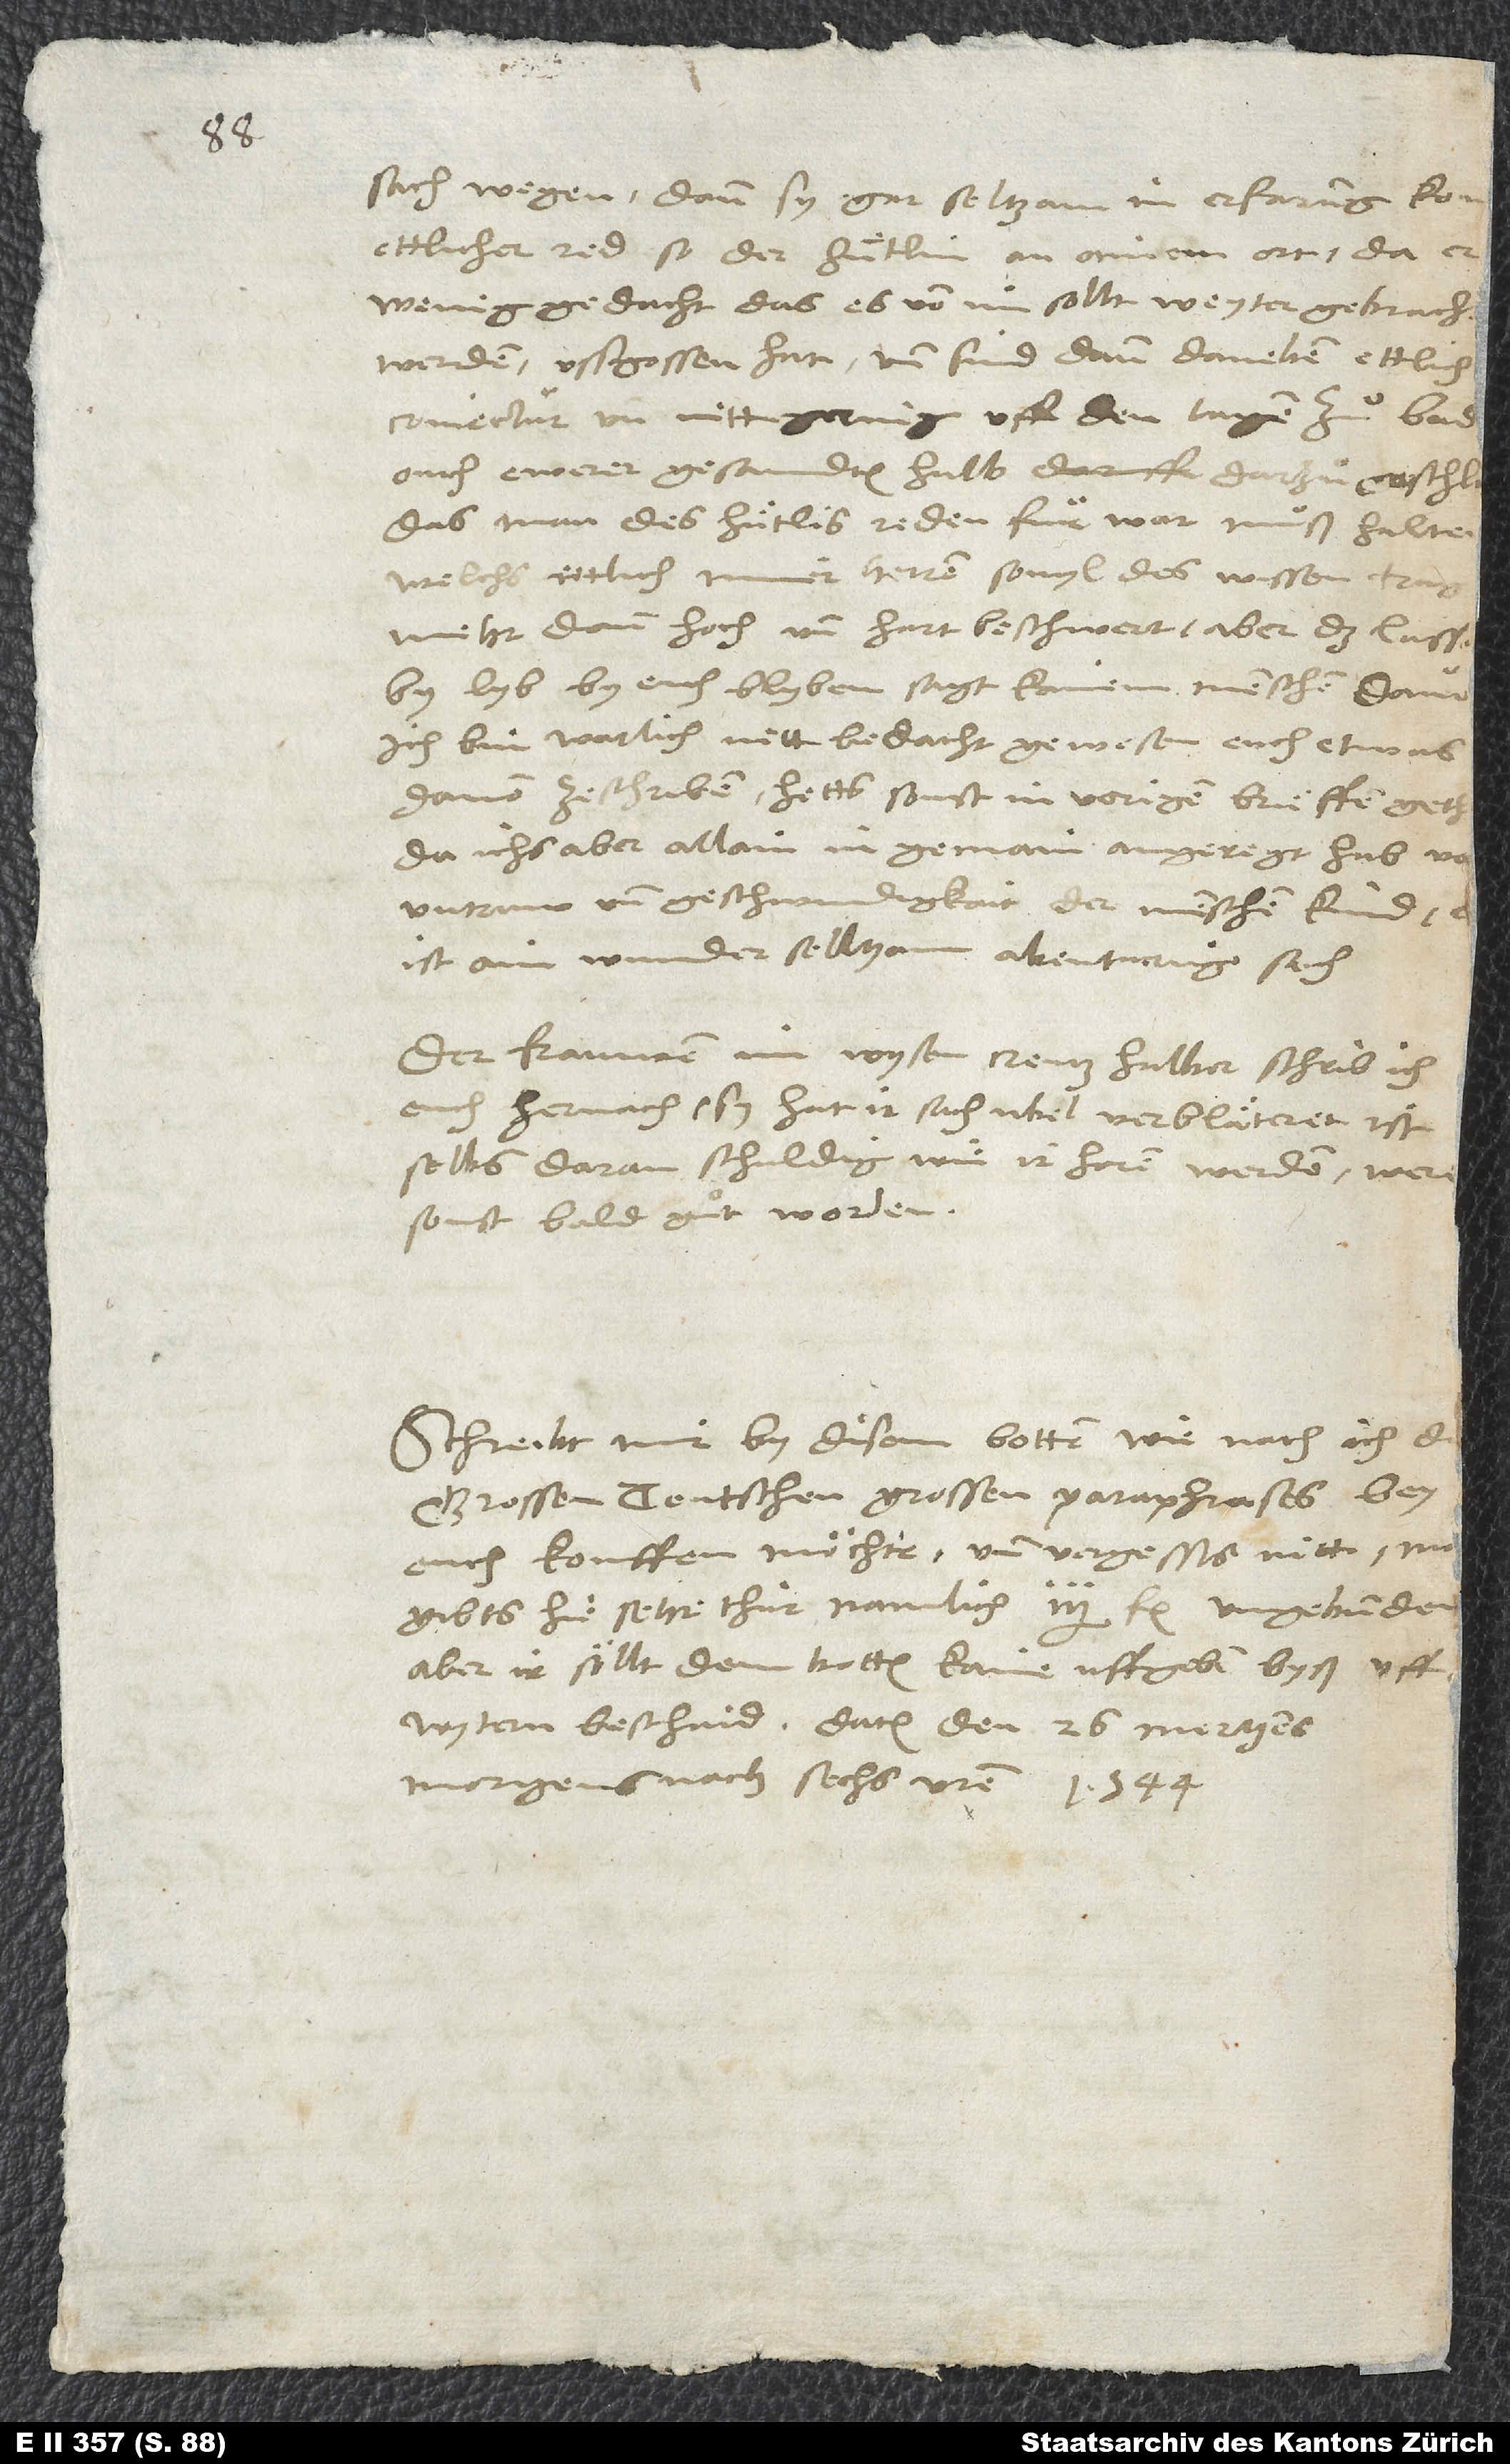
sach wegen; dann sy gar seltzsam in erfarung ko
ettlicher red, so der Huͤtlin an ainem ort, da er
wenig gedacht, das es von im sollt weyter gebracht
werden, ussgossen hat, und sind dann daneben ettlich
coniectur und nitt gering uff den tagen zuͦ Baden,
ouch ewerer gesandten halb, darzuͦ geschlagen,
das man des Huͤtlis reden für war muͦß halten,
welchs ettlich miner herren, sovyl des wissen tragen,
by lyb by euch blyben, sagt kainem menschen davon.
Ich bin warlich nitt bedacht gewesen, euch etwas
davon zeschriben; hetts sonst in vorigen brieffen gethon,
da ichs aber allain in gemain angeregt hab von
untruw und geschwindigkait der menschen kind; es
ist ain wunder seltzam abenturig sach.
Der frauwen im Wysen Creutz halber schrib ich
euch hernach; sy hat ir sach ubel verbläteret, ist
selbs daran schuldig, wie ir horen werden; were
sonst bald guͦt worden.
Schreibt mir by disem botten, wie nach ich die
grossen teutschen grossen Paraphrases bey
euch kouffen möchte, und vergessts nitt; man
gibts hie sehr thür, namlich 2 1/2 fl. ungebunden.
Aber ir söllt dem botten kaine uffgeben byß uff
morgens nach sechs uren 1544.